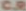
CR